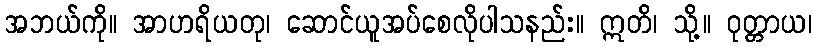
အဘယ်ကို။ အာဟရိယတု၊ ဆောင်ယူအပ်စေလိုပါသနည်း။ ဣတိ၊ သို့။ ဝုတ္တာယ၊